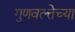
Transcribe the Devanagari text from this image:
गुणवत्त्तेच्या